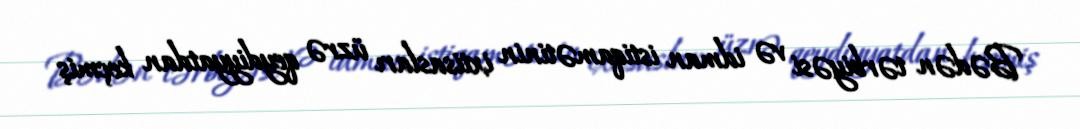
Bədən tərbiyəsi və idman istiqamətinin ixtisasları üzrə qeydiyyatdan keçmiş